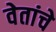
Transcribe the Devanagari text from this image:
वेतांचे